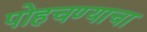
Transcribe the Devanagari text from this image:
पोहचण्याचा